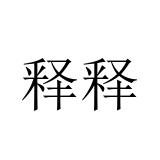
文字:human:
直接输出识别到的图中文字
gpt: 释释